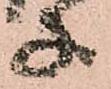
子